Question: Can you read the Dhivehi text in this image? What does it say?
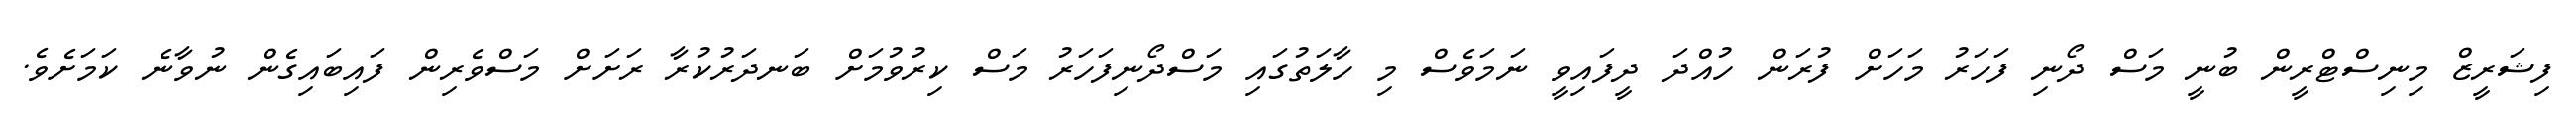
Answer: ފިޝަރީޒް މިނިސްޓްރީން ބުނީ މަސް ދޯނި ފަހަރު މަހަށް ފުރަން ހުއްދަ ދީފައިވީ ނަމަވެސް މި ހާލަތުގައި މަސްދޯނިފަހަރު މަސް ކިރުވުމަށް ބަނދަރުކުރާ ރަށަށް މަސްވެރިން ފައިބައިގެން ނުވާނެ ކަމަށެވެ.